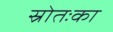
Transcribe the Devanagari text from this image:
स्रोतःका